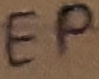
Text: EP